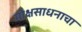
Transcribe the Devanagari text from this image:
मोक्षसाधनाचा